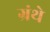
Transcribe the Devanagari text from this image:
ग्रंथे